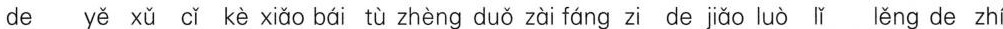
de yě xǔ cǐ kè xiǎo bái tù zhèng duǒ zài fáng zi de jiǎo luò lǐ lěng de zhí